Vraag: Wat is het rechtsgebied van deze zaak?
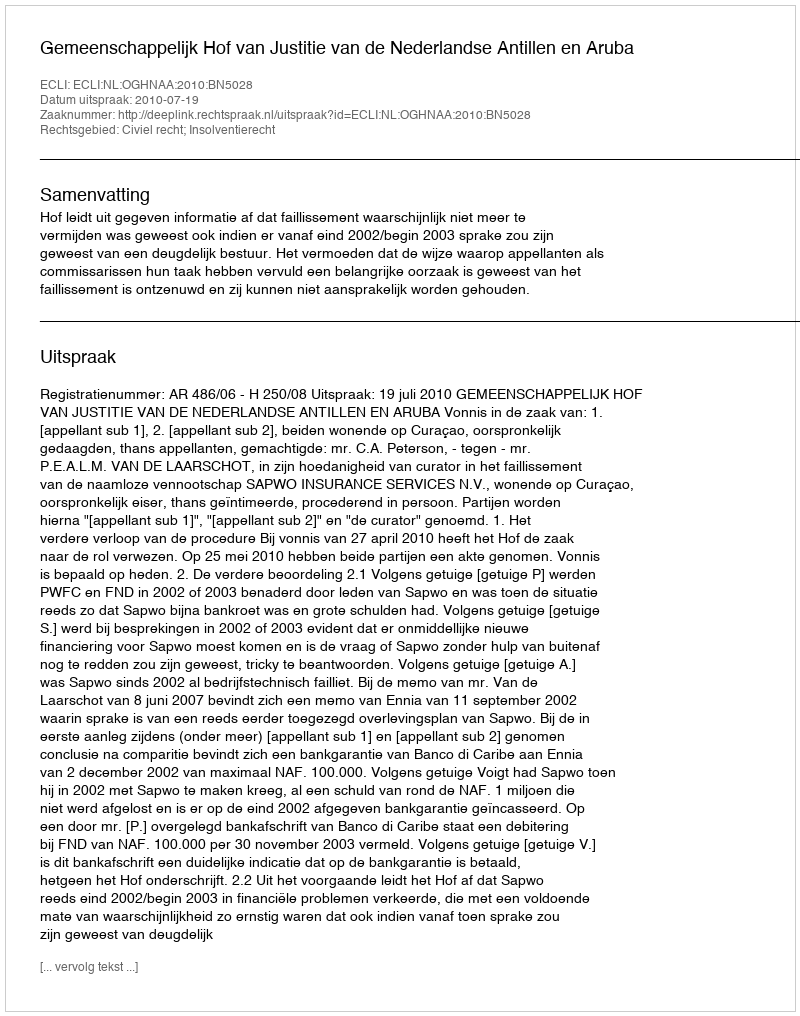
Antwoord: Civiel recht; Insolventierecht